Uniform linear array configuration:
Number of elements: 4
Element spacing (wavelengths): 0.75
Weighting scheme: kaiser
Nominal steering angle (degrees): -60
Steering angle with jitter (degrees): -60.451
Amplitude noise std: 0.05
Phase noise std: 0.05

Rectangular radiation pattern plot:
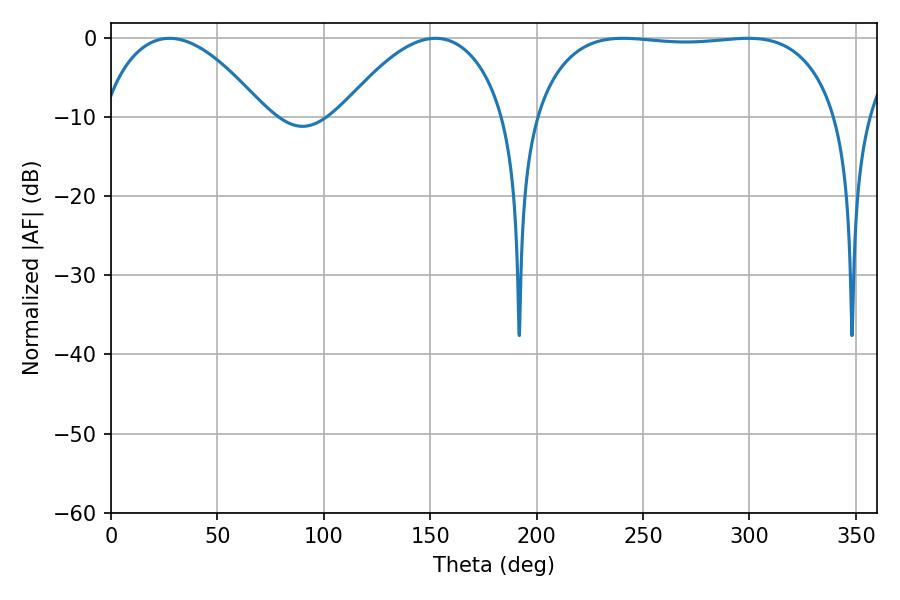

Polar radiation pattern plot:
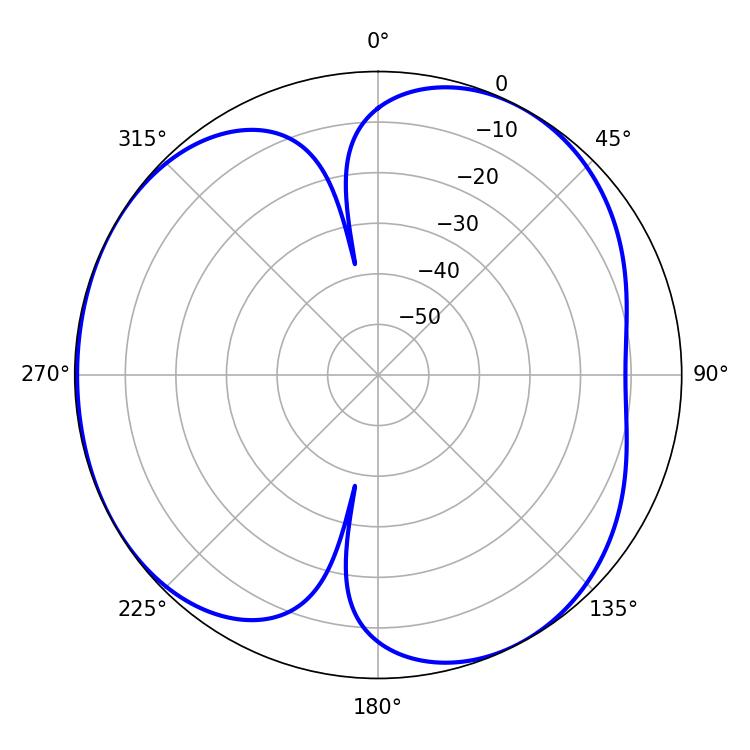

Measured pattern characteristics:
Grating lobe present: TRUE
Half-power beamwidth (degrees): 42.66
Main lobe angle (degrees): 27.54